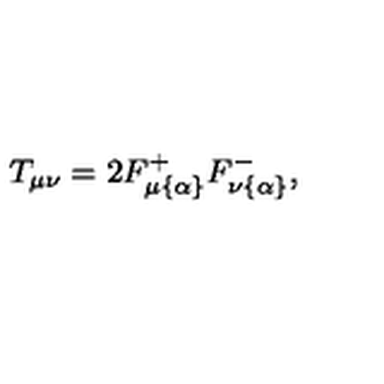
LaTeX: T _ { \mu \nu } = 2 F _ { \mu \{ \alpha \} } ^ { + } F _ { \nu \{ \alpha \} } ^ { - } ,